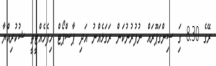
ރޭގެ 8.30 ގަި ސިންގަޕޫރައް ނުފުރުނުކަން ރަގަޅެއްނު އަދި ޕާސްޕޯޓް ހިފެހެއްޓީތީ ޝުކުރިއްޔާ